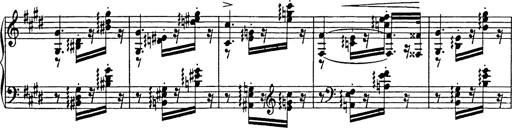
Title: Consolations
Composer: Franz Liszt